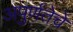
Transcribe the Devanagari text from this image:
अपुर्णतेचे